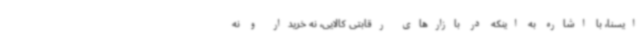
ایسنا، با اشاره به اینکه در بازارهای رقابتی کالایی، نه خریدار و نه